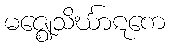
မဇ္ဈေသိင်္ဃာဋကေ